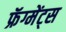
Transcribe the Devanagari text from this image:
फ्रॅग्मेंट्स